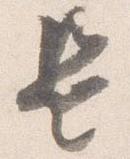
是